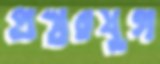
প্রস্তরযুগ